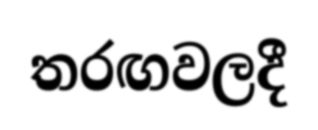
තරඟවලදී